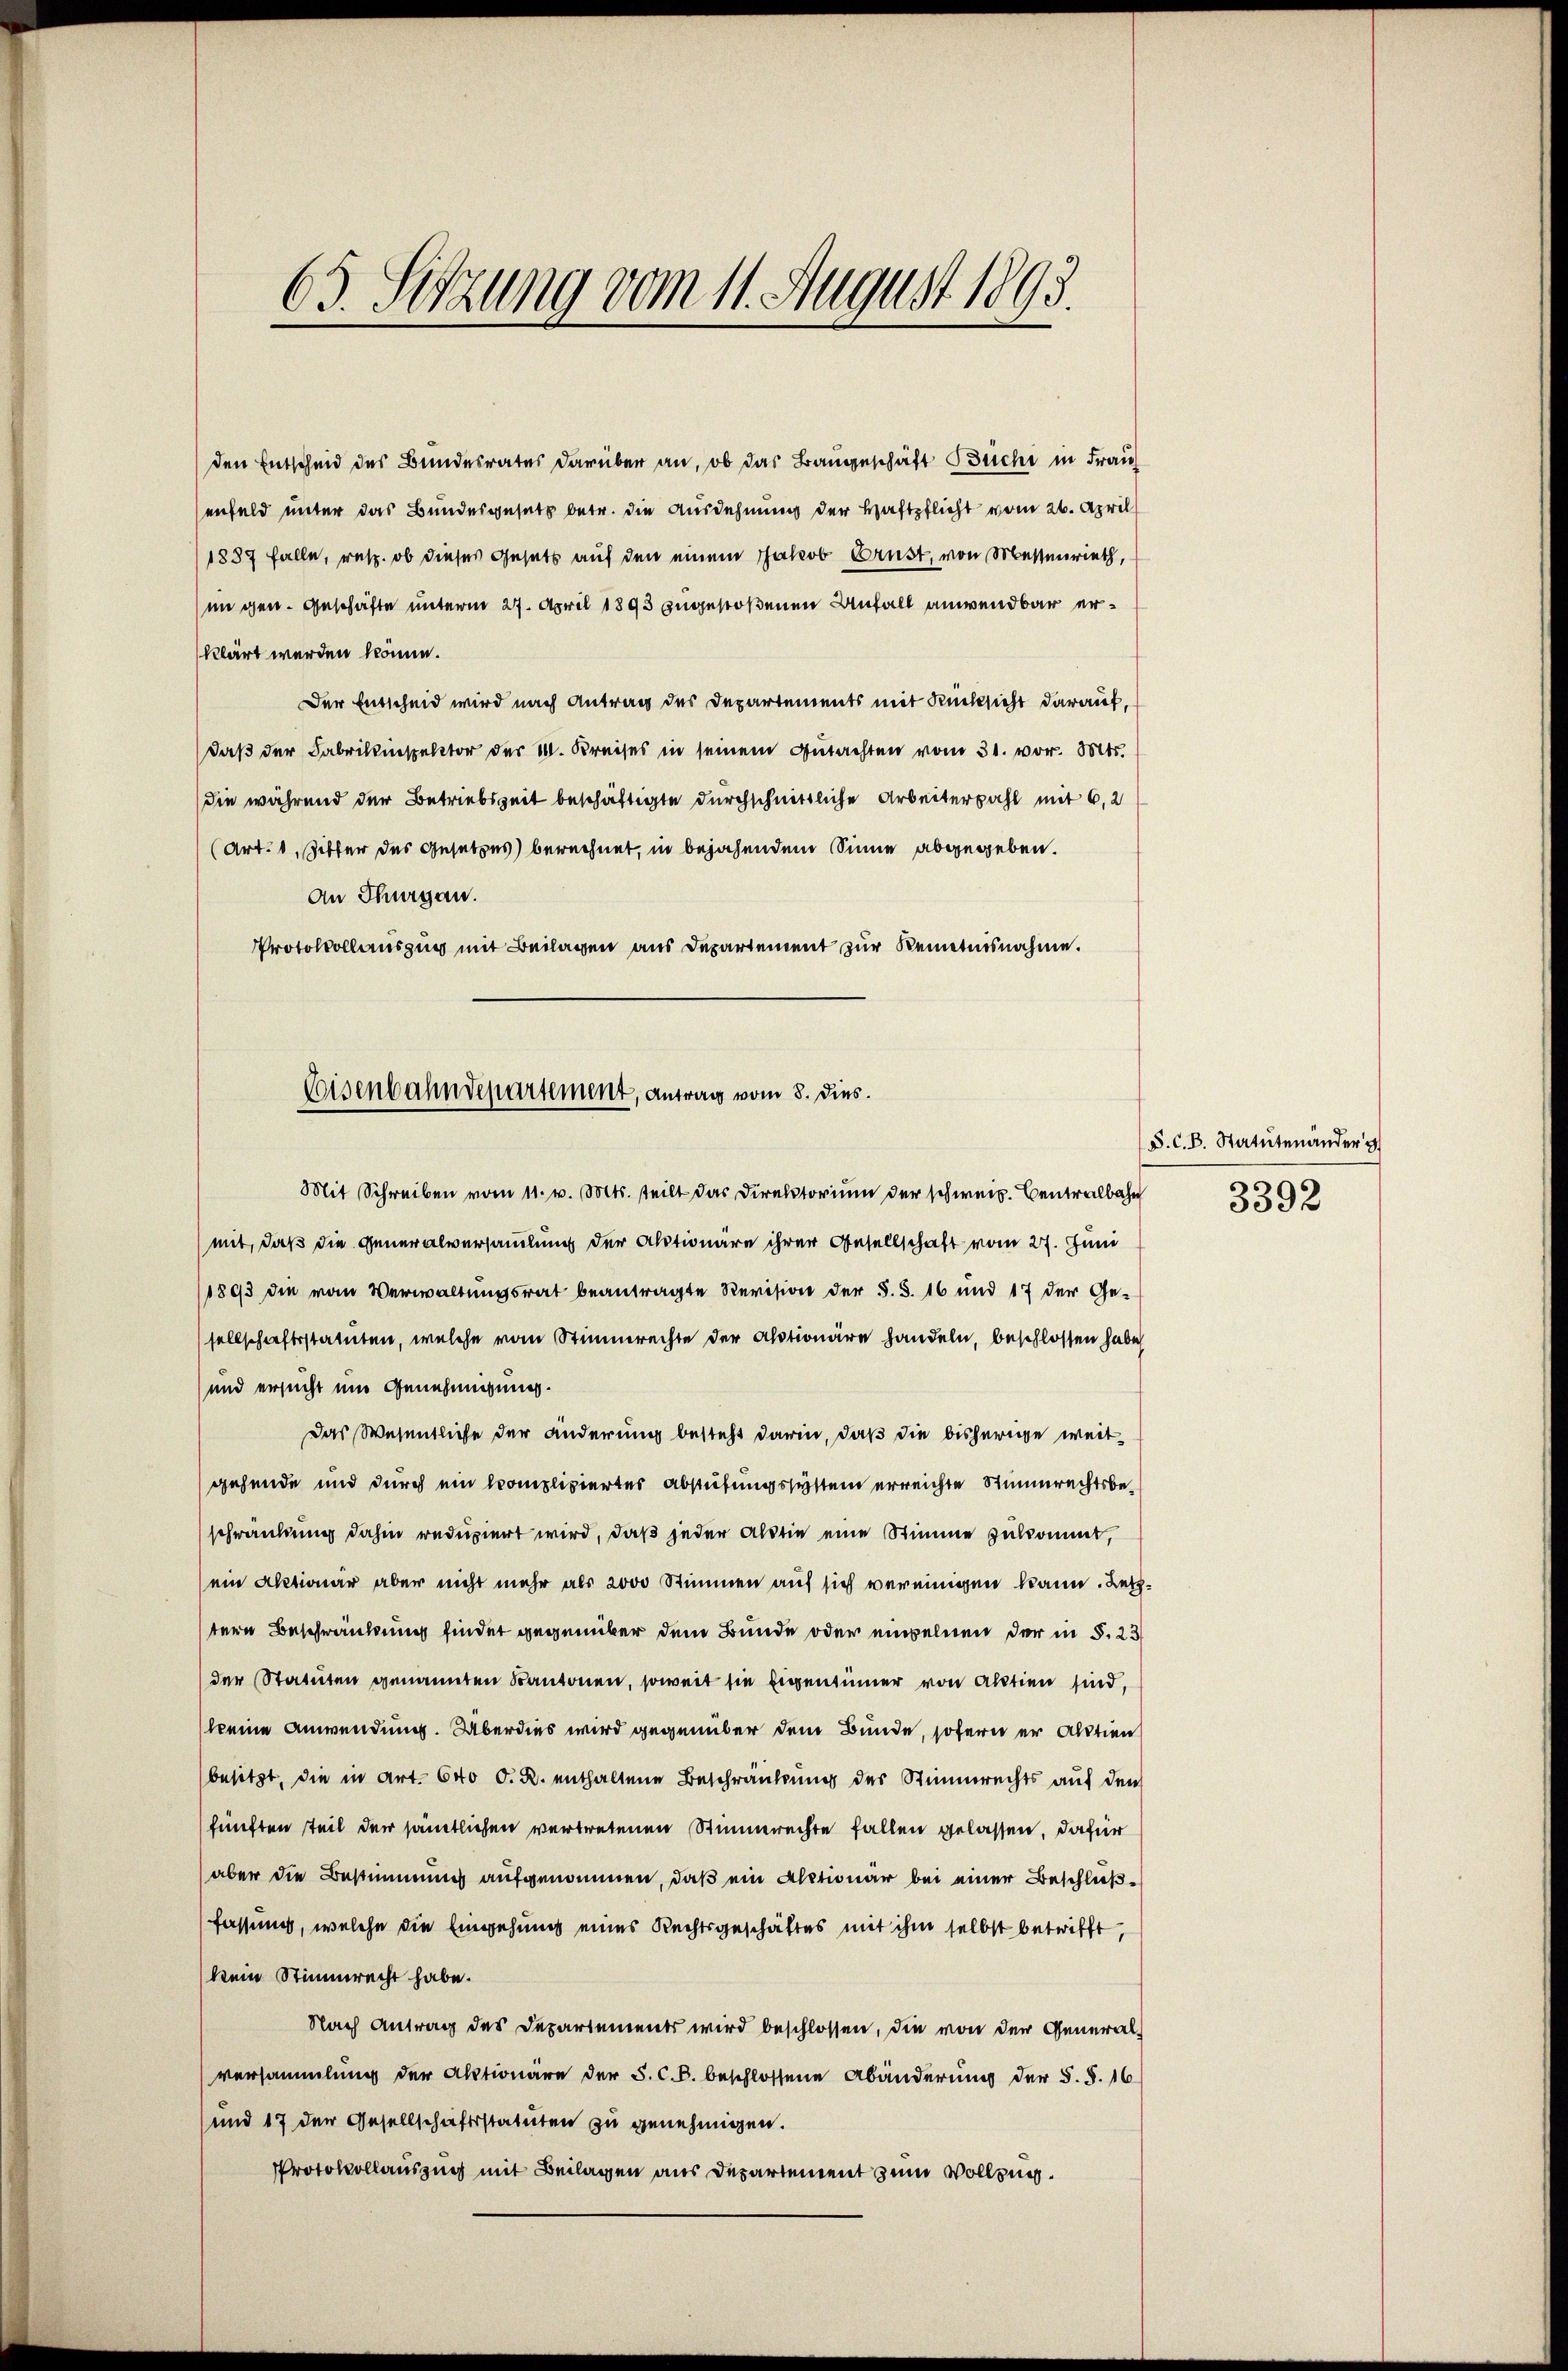
63. Setzung vom 11. August 1893.

den Entscheid des Bundesrates darüber an, ob das Baugeschäft Büchi in Frau
enfeld unter das Bundesgesetz betr. die Ausdehnung der Haftpflicht vom 26. April
1837 falle, resp. ob dieses Gesetz auf den einem Jakob Brust, von Messenrieth,
ungen. Geschäfte unterm 27. April 1893 zugestoßenen Unfall anwendbar erklärt werden könne.
Der Entscheid wird nach Antrag des Departements mit Rücksicht darauf,
daß der Fabrikinspektor der 1. Kreises in seinem Gutachten vom 31. vor. Mts.
die während der Betriebszeit beschäftigte durchschnittliche Arbeiterzahl mit 6,2
(Art. 1, Zitter des Gesetzes) berechnet, in bejahendem Sinne abgegeben.
An Thurgau.
Protokollauszug mit Beilagen aus Departement zur Kenntnisnahme.

Seisenbahndepartement, Antrag vom 8. dies

Mit Schreiben vom 11. v. Mts. teilt das Direktorium der schweiz. Centralbahn
mit, daß die Generalversammlung der Aktionäre ihrer Gesellschaft vom 27. Juni
1893 die vom Verwaltungsrat beantragte Revision der S. S. 16 und 17 der Ge-
sellschaftsstatuten, welche vom Stimmrechte der Aktionäre handeln, beschlossen habe
und ersucht und Genehmigung.
Das Wesentliche der änderung besteht darin, daß die bisherige weitgehende und durch ein Compliziertes Abstufungssystem erreichte Stimmrechtsbeschränkung dahin reduziert wird, daß jeder altrie eine Stimme zukommt,
ein Aktionär aber nicht mehr als 2000 Stimmen auf sich vereinigen kann. Letztere Beschränkung findet gegenüber dem Bunde oder einzelnen der in §. 23
der Statuten genannten Kantonen, soweit sie Eigentümer von Aktien sind,
keine Anwendung. Überdies wird gegenüber dem Bunde, sofern er Aktien
besitzt, die in Art. 640 d. R. enthaltene Beschränkung des Stimmrechts aŭf den
fünften teil der sämtlichen vertretenen Stimmrechte fallen gelassen, dafür
aber die Bestimmung aufgenommen, daß ein Aktionar bei einer Beschlußfassung, welche die Eingehung eines Rechtsgeschäftes mit ihm selbst betrifft,
kein Stimmrecht habe.
Nach Antrag des Departements wird beschlossen, die von der Generalversammlung der Aktionäre der S. C. B. beschlossene Abänderung der §. §. 16
und 17 der Gesellschaftsstatuten zu genehmigen.
Protokollauszug mit Beilagen aus Departement zum Vollzug.

S. C. B. Statutenander
3392